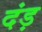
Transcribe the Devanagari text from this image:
दंड़